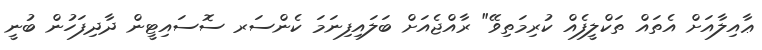
ޢާއިލާއަށް އެތައް ތަކްލީފެއް ކުރިމަތިވޭ" ރާއްޖެއަށް ބަލައިފިނަމަ ކެންސަރ ސޮސައިޓީން ދާދިފަހުން ބުނީ